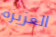
العزيزه